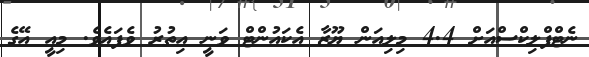
ނެޓްފްލިކްސްއަށް 4.4 މިލިއަން ޔޫޒާ އެކައުންޓް ވަނީ އިތުރު ވެފައެވެ. މިއީ އޭގެ